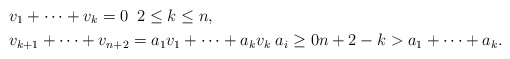
\begin{align*}&v_1+\cdots+v_k=0 \; \; 2 \leq k \leq n, \\&v_{k+1}+\cdots + v_{n+2} = a_1v_1+\cdots+a_kv_k \; a_i \geq 0 n+2-k > a_1+\cdots+a_k. \end{align*}